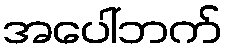
အပေါ်ဘက်